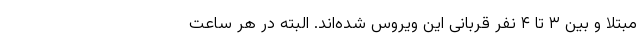
مبتلا و بین ۳ تا ۴ نفر قربانی این ویروس شده‌اند. البته در هر ساعت